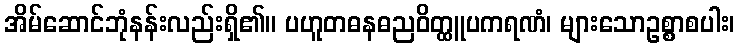
အိမ်ဆောင်ဘုံနန်းလည်းရှိ၏။ ပဟူတဓနဓညဝိတ္ထူပကရဏံ၊ များသောဥစ္စာစပါး၊